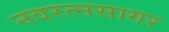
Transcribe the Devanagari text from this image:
नवरत्नसागर